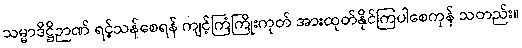
သမ္မာဒိဋ္ဌိဉာဏ် ရင့်သန်စေရန် ကျင့်ကြံကြိုးကုတ် အားထုတ်နိုင်ကြပါစေကုန် သတည်း။